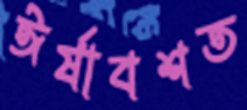
ঈর্ষাবশত